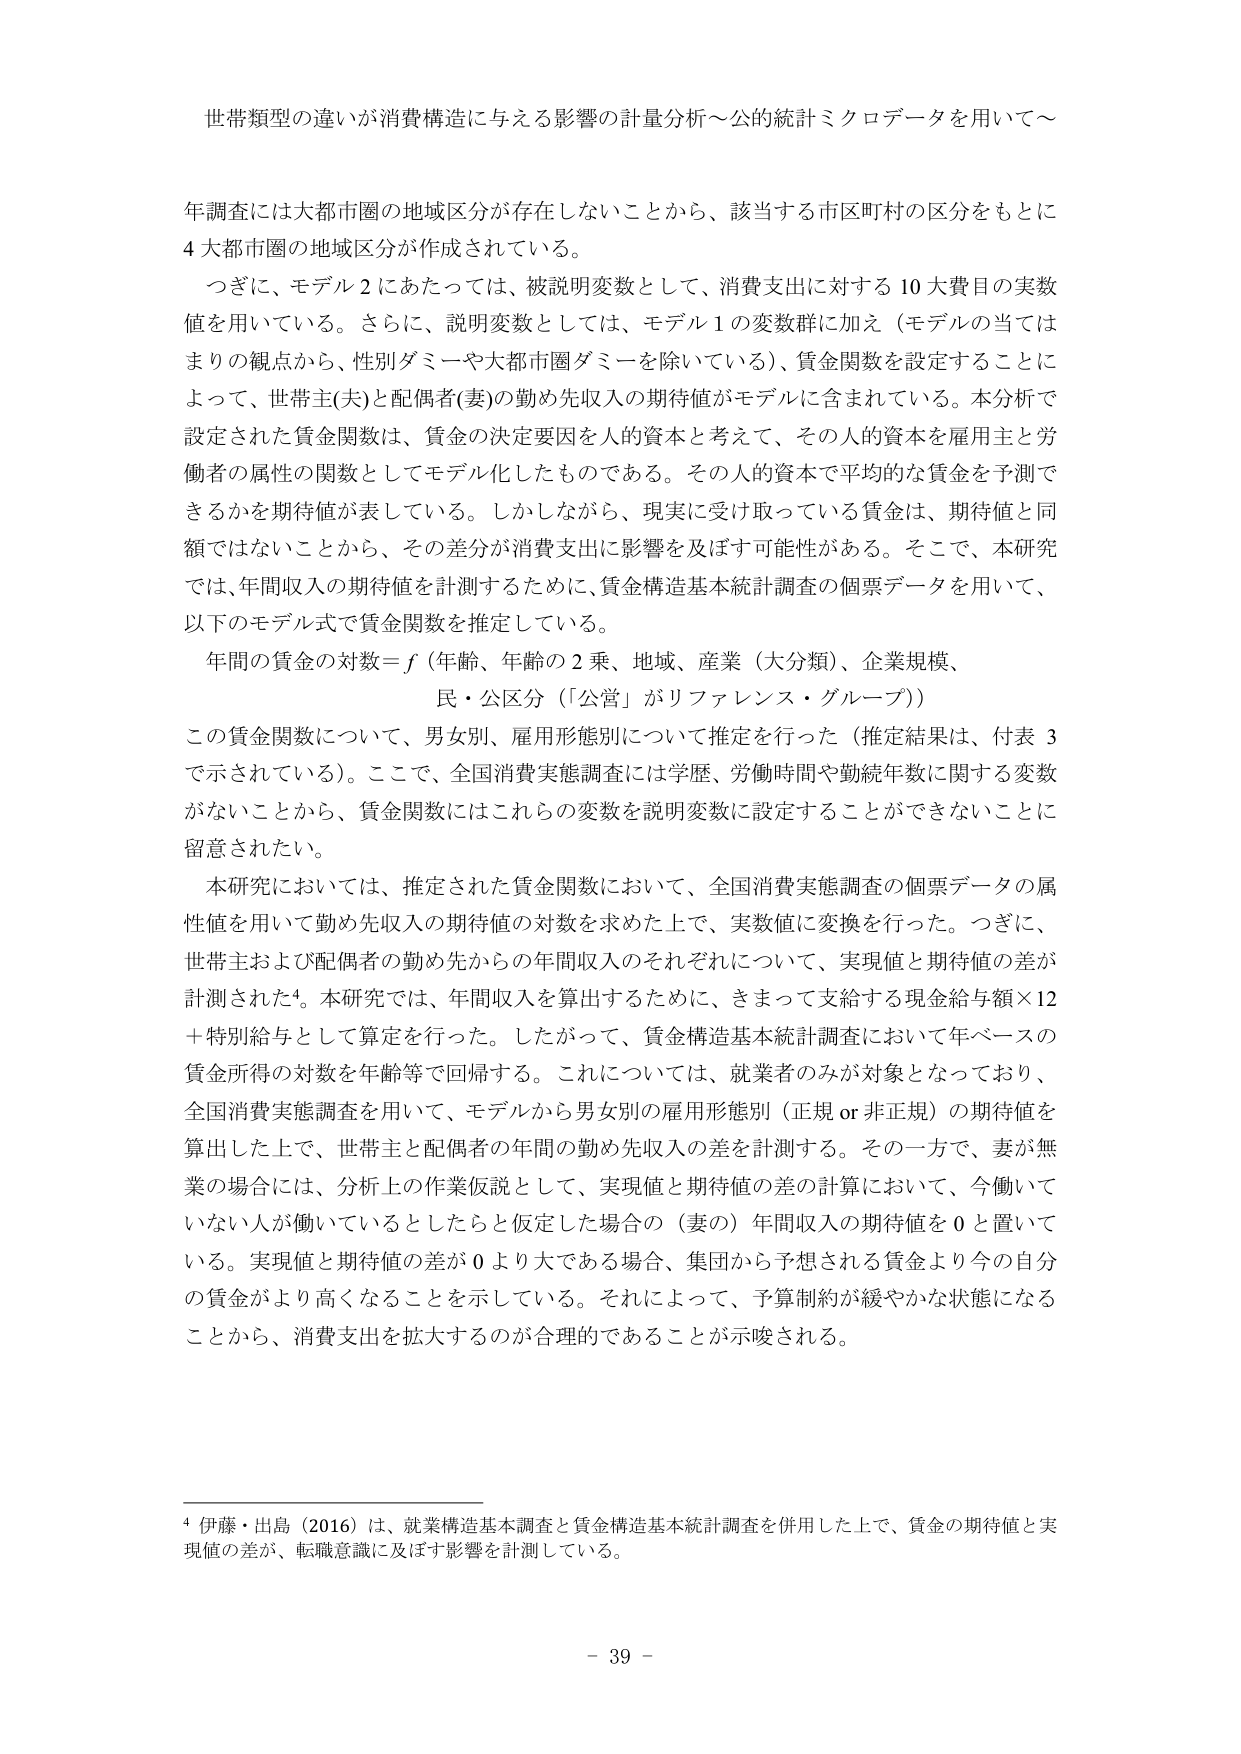
世帯類型の違いが消費構造に与える影響の計量分析～公的統計ミクロデータを用いて～

年調査には大都市圏の地域区分が存在しないことから、該当する市区町村の区分をもとに
4大都市圏の地域区分が作成されている。

つぎに、モデル2にあたっては、被説明変数として、消費支出に対する10大費目の実数
値を用いている。さらに、説明変数としては、モデル1の変数群に加え（モデルの当ては
まりの観点から、性別ダミーや大都市圏ダミーを除いている）、賃金関数を設定することに
よって、世帯主(夫)と配偶者(妻)の勤め先収入の期待値がモデルに含まれている。本分析で
設定された賃金関数は、賃金の決定要因を人的資本と考えて、その人的資本を雇用主と労
働者の属性の関数としてモデル化したものである。その人的資本で平均的な賃金を予測で
きるかを期待値が表している。しかしながら、現実に受け取っている賃金は、期待値と同
額ではないことから、その差分が消費支出に影響を及ぼす可能性がある。そこで、本研究
では、年間収入の期待値を計測するために、賃金構造基本統計調査の個票データを用いて、
以下のモデル式で賃金関数を推定している。

年間の賃金の対数＝f（年齢、年齢の2乗、地域、産業（大分類）、企業規模、
民・公区分（「公営」がリファレンス・グループ））

この賃金関数について、男女別、雇用形態別について推定を行った（推定結果は、付表3
で示されている）。ここで、全国消費実態調査には学歴、労働時間や勤続年数に関する変数
がないことから、賃金関数にはこれらの変数を説明変数に設定することができないことに
留意されたい。

本研究においては、推定された賃金関数において、全国消費実態調査の個票データの属
性値を用いて勤め先収入の期待値の対数を求めた上で、実数値に変換を行った。つぎに、
世帯主および配偶者の勤め先からの年間収入のそれぞれについて、実現値と期待値の差が
計測された4。本研究では、年間収入を算出するために、きまって支給する現金給与額×12
＋特別給与として算定を行った。したがって、賃金構造基本統計調査において年ベースの
賃金所得の対数を年齢等で回帰する。これについては、就業者のみが対象となっており、
全国消費実態調査を用いて、モデルから男女別の雇用形態別（正規 or 非正規）の期待値を
算出した上で、世帯主と配偶者の年間の勤め先収入の差を計測する。その一方で、妻が無
業の場合には、分析上の作業仮説として、実現値と期待値の差の計算において、今働いて
いない人が働いているとしたらと仮定した場合の（妻の）年間収入の期待値を0と置いて
いる。実現値と期待値の差が0より大である場合、集団から予想される賃金より今の自分
の賃金がより高くなることを示している。それによって、予算制約が緩やかな状態になる
ことから、消費支出を拡大するのが合理的であることが示唆される。

4 伊藤・出島（2016）は、就業構造基本調査と賃金構造基本統計調査を併用した上で、賃金の期待値と実
現値の差が、転職意識に及ぼす影響を計測している。

- 39 -